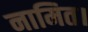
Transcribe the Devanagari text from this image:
नामित।